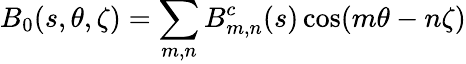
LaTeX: B_{0}(s,\theta,\zeta)=\sum_{m,n}B_{m,n}^{c}(s)\cos(m\theta-n\zeta)